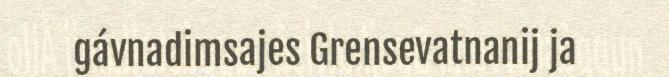
gávnadimsajes Grensevatnanij ja